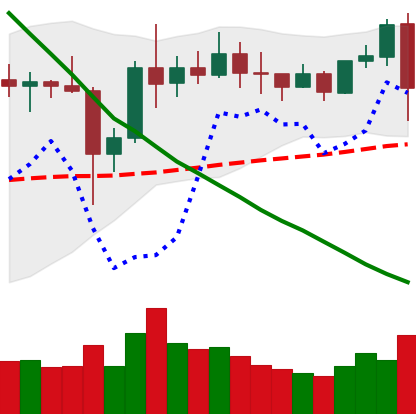
Ticker: XRP-USD
Chart end date: 2019-11-07
Forward return: -6.844%
Label: down_5_7